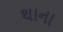
થાના